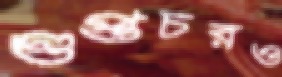
গুপ্তচরও